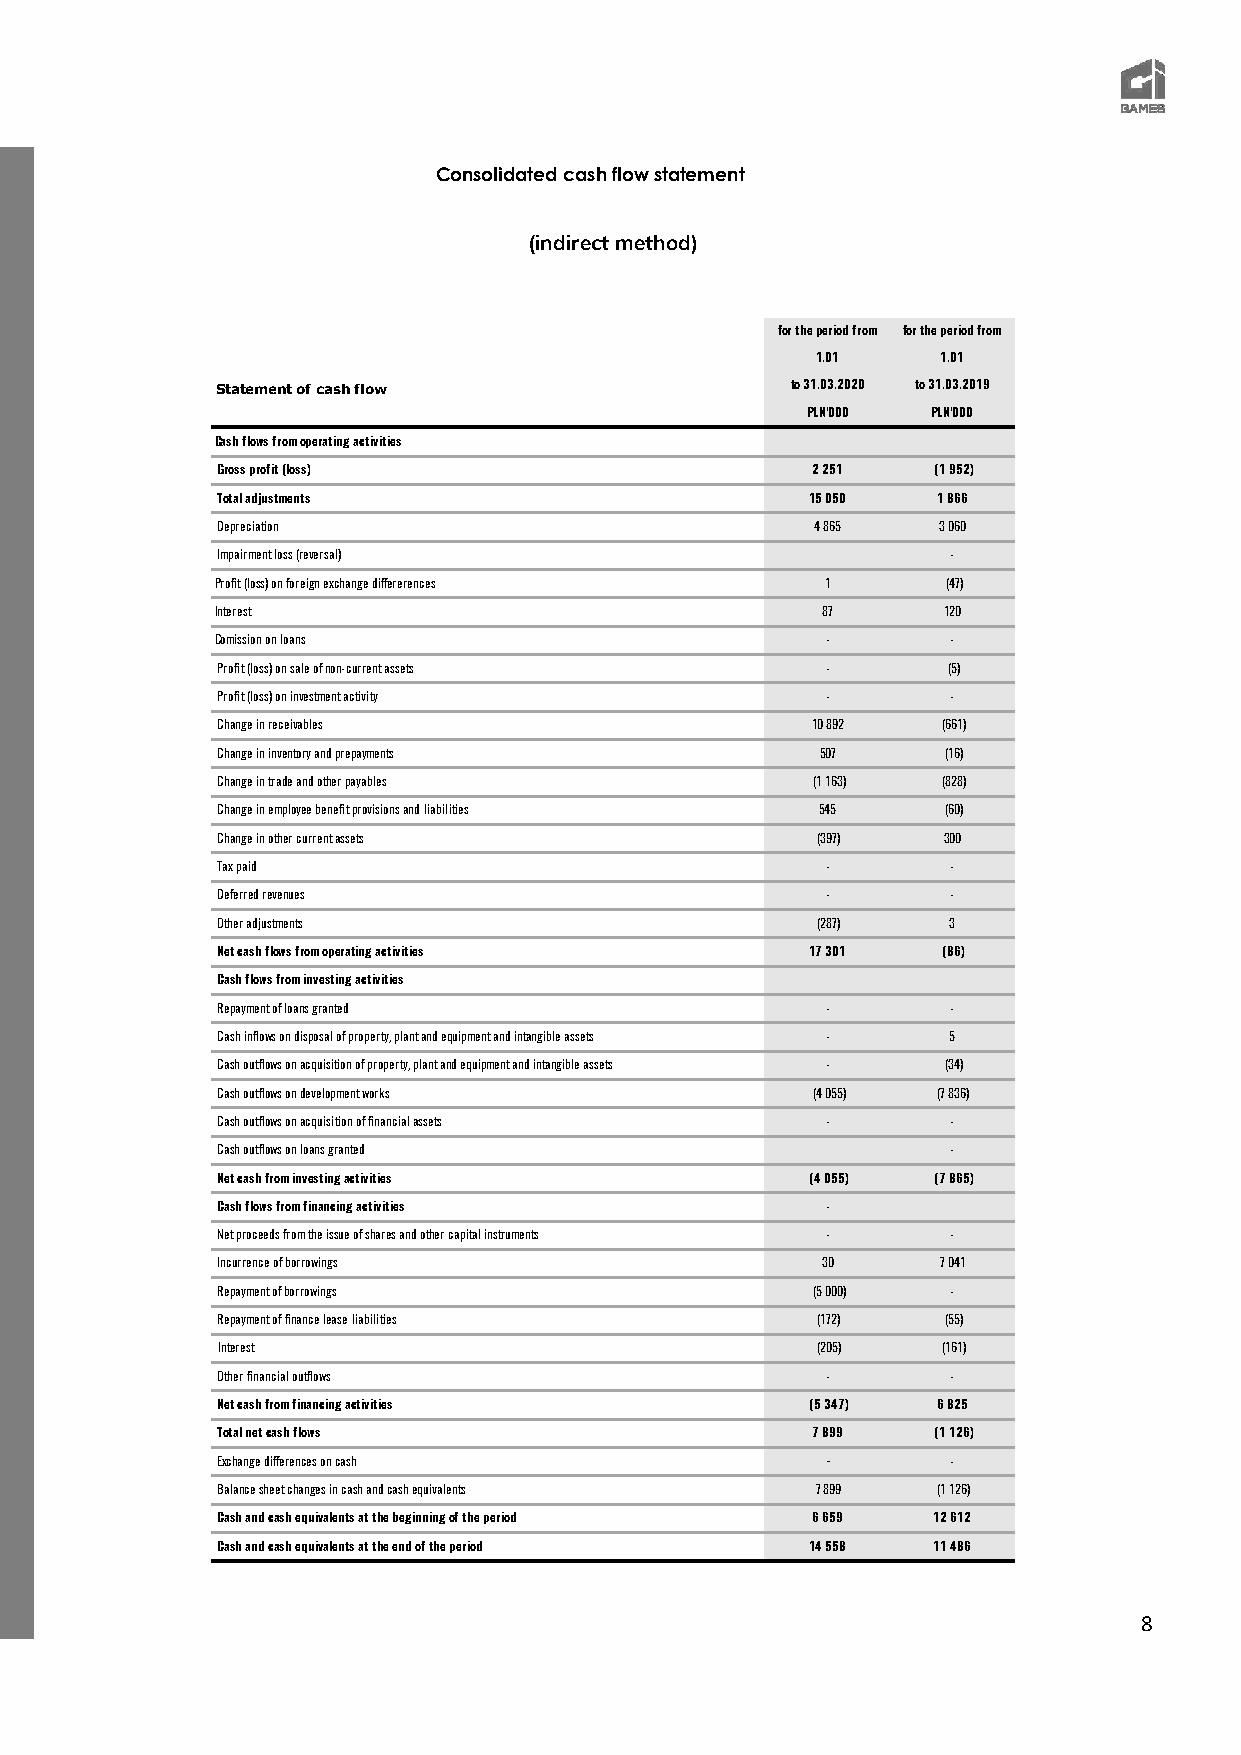
Consolidated cash flow statement
 (indirect method)
 for the period from for the period from
 1.01    1.01
 Statement of cash flow                to 31.03.2020 to 31.03.2019
 PLN'000  PLN'000
 Cash flows from operating activities
 Gross profit (loss)                     2 251   (1 952)
 Total adjustments                       15 050  1 866
 Depreciation                            4 865   3 060
 Impairment loss (reversal)                       -
 Profit (loss) on foreign exchange differerences 1 (47)
 Interest                                87      120
 Comission on loans                       -       -
 Profit (loss) on sale of non-current assets -    (5)
 Profit (loss) on investment activity     -       -
 Change in receivables                   10 892  (661)
 Change in inventory and prepayments     507      (16)
 Change in trade and other payables      (1 163) (828)
 Change in employee benefit provisions and liabilities 545 (60)
 Change in other current assets          (397)   300
 Tax paid                                 -       -
 Deferred revenues                        -       -
 Other adjustments                       (287)    3
 Net cash flows from operating activities 17 301 (86)
 Cash flows from investing activities
 Repayment of loans granted               -       -
 Cash inflows on disposal of property, plant and equipment and intangible assets - 5
 Cash outflows on acquisition of property, plant and equipment and intangible assets - (34)
 Cash outflows on development works      (4 055) (7 836)
 Cash outflows on acquisition of financial assets - -
 Cash outflows on loans granted                   -
 Net cash from investing activities      (4 055) (7 865)
 Cash flows from financing activities     -
 Net proceeds from the issue of shares and other capital instruments - -
 Incurrence of borrowings                30      7 041
 Repayment of borrowings                 (5 000)  -
 Repayment of finance lease liabilities  (172)    (55)
 Interest                                (205)   (161)
 Other financial outflows                 -       -
 Net cash from financing activities      (5 347) 6 825
 Total net cash flows                    7 899   (1 126)
 Exchange differences on cash             -       -
 Balance sheet changes in cash and cash equivalents 7 899 (1 126)
 Cash and cash equivalents at the beginning of the period 6 659 12 612
 Cash and cash equivalents at the end of the period 14 558 11 486
 8